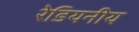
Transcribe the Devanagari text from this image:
रेडियनीय